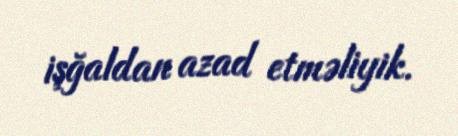
işğaldan azad etməliyik.